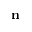
{ \bf n }